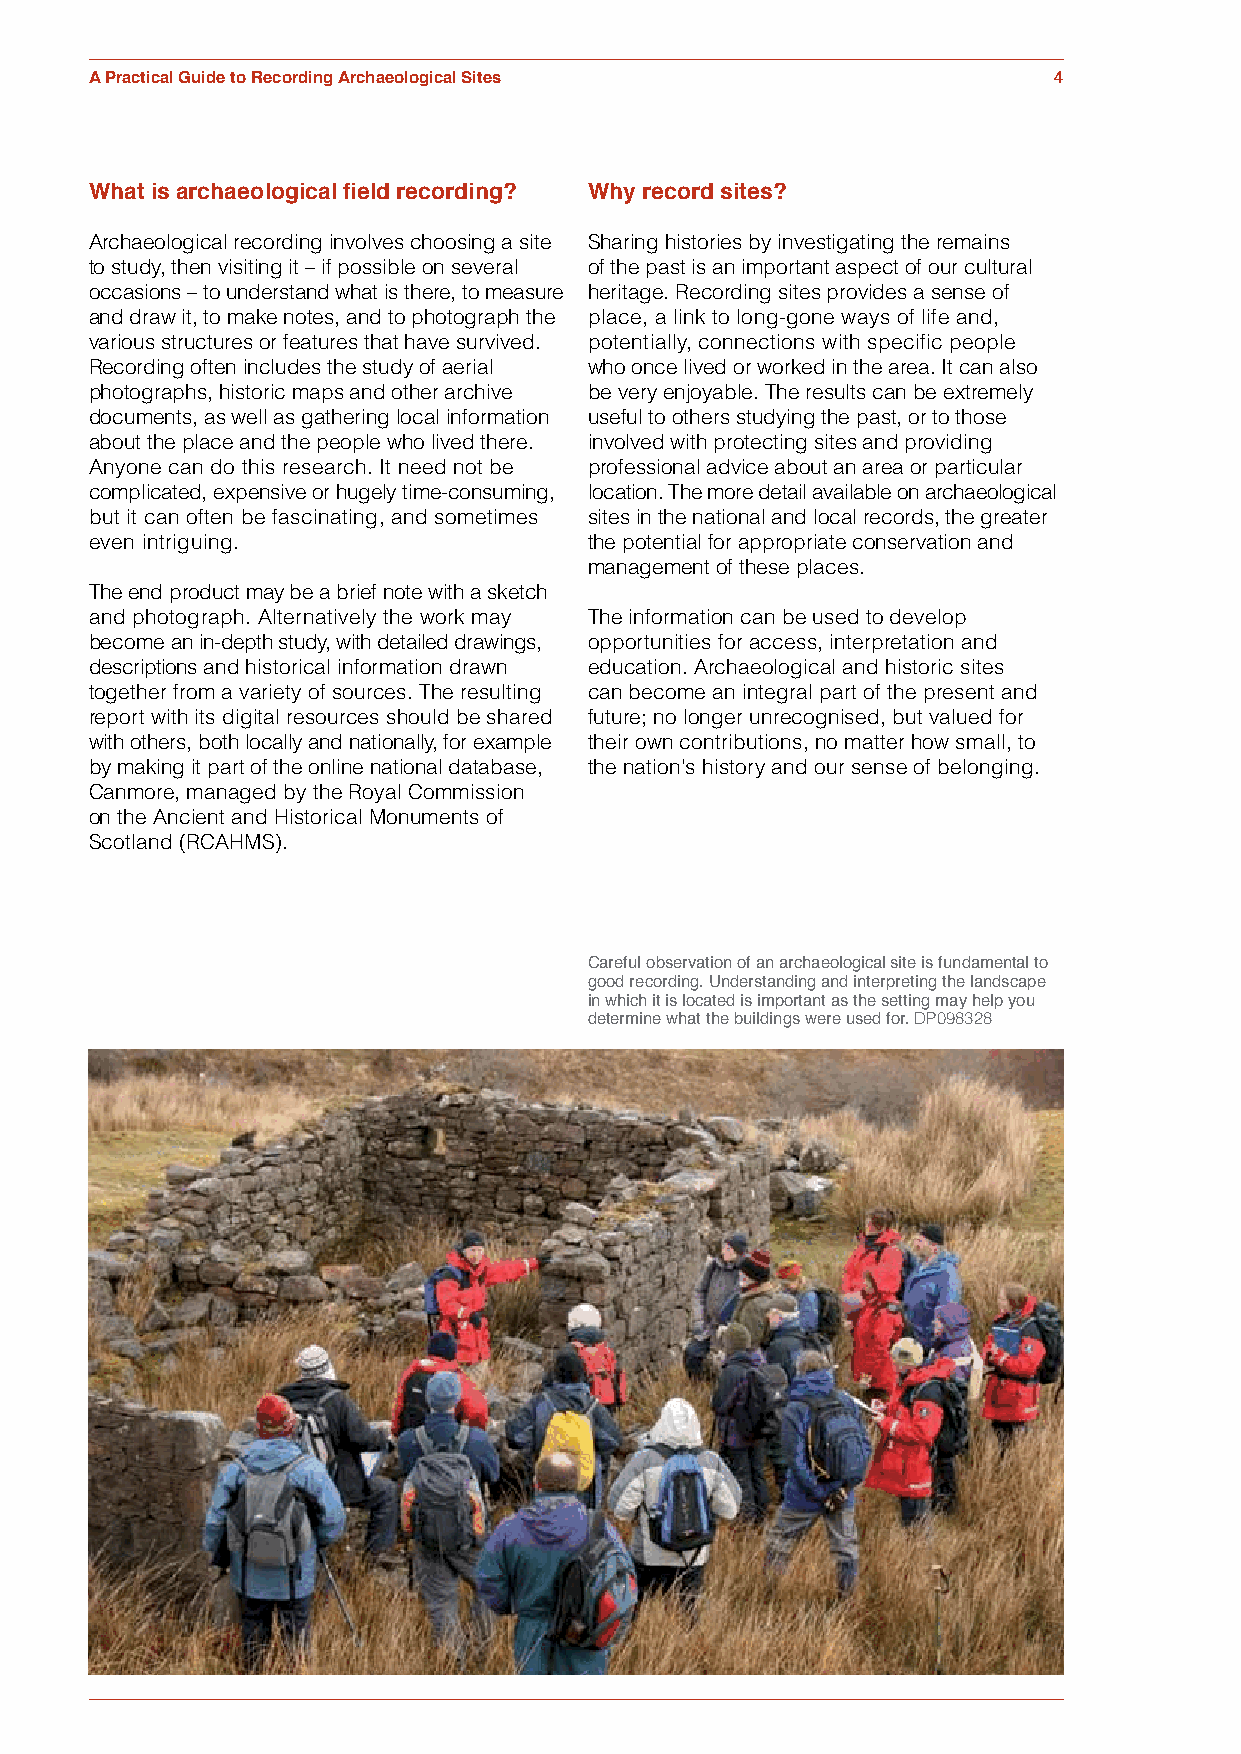
A Practical Guide to Recording Archaeological Sites             4
 What is archaeological field recording? Why record sites?
 Archaeological recording involves choosing a site Sharing histories by investigating the remains
 to study, then visiting it – if possible on several of the past is an important aspect of our cultural
 occasions – to understand what is there, to measure heritage. Recording sites provides a sense of
 and draw it, to make notes, and to photograph the place, a link to long-gone ways of life and,
 various structures or features that have survived. potentially, connections with specific people
 Recording often includes the study of aerial who once lived or worked in the area. It can also
 photographs, historic maps and other archive be very enjoyable. The results can be extremely
 documents, as well as gathering local information useful to others studying the past, or to those
 about the place and the people who lived there. involved with protecting sites and providing
 Anyone can do this research. It need not be professional advice about an area or particular
 complicated, expensive or hugely time-consuming, location. The more detail available on archaeological
 but it can often be fascinating, and sometimes sites in the national and local records, the greater
 even intriguing.                 the potential for appropriate conservation and
 management of these places.
 The end product may be a brief note with a sketch
 and photograph. Alternatively the work may The information can be used to develop
 become an in-depth study, with detailed drawings, opportunities for access, interpretation and
 descriptions and historical information drawn education. Archaeological and historic sites
 together from a variety of sources. The resulting can become an integral part of the present and
 report with its digital resources should be shared future; no longer unrecognised, but valued for
 with others, both locally and nationally, for example their own contributions, no matter how small, to
 by making it part of the online national database, the nation's history and our sense of belonging.
 Canmore, managed by the Royal Commission
 on the Ancient and Historical Monuments of
 Scotland (RCAHMS).
 Careful observation of an archaeological site is fundamental to
 good recording. Understanding and interpreting the landscape
 in which it is located is important as the setting may help you
 determine what the buildings were used for. DP098328